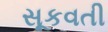
સૂકવતી